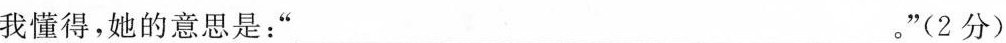
我懂得，她的意思是：”___。”(2分)